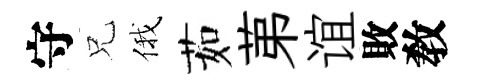
守兄俄茹苐谊敗敎